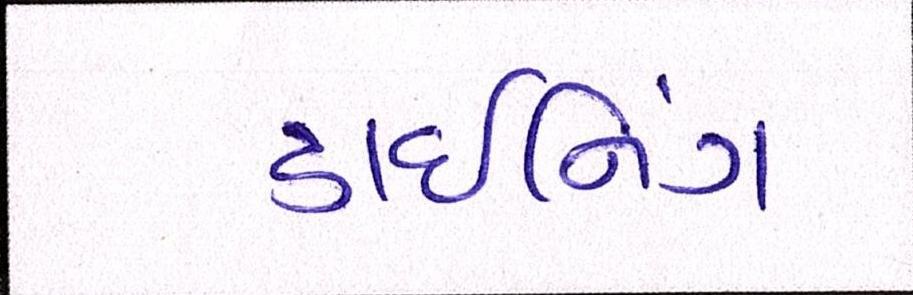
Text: ડાઈનિંગ